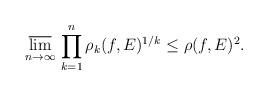
LaTeX: \begin{align*}\varlimsup_{n\to\infty}\,\prod_{k=1}^n \rho_k(f, E)^{1/k} \leq \rho(f, E)^2.\end{align*}